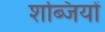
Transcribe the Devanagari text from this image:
शब्जियों